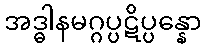
အဒ္ဓါနမဂ္ဂပ္ပဋိပ္ပန္နော